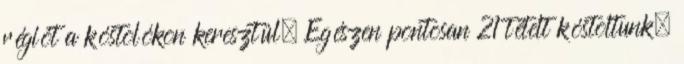
régiót a kóstolókon keresztül. Egészen pontosan 21 tételt kóstoltunk,